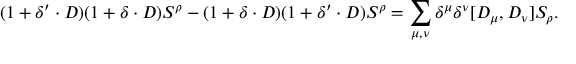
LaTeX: ( 1 + \delta ^ { \prime } \cdot D ) ( 1 + \delta \cdot D ) S ^ { \rho } - ( 1 + \delta \cdot D ) ( 1 + \delta ^ { \prime } \cdot D ) S ^ { \rho } = \sum _ { \mu , \nu } \delta ^ { \mu } \delta ^ { \nu } [ D _ { \mu } , D _ { \nu } ] S _ { \rho } .